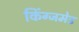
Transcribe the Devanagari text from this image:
किंग्जमेड